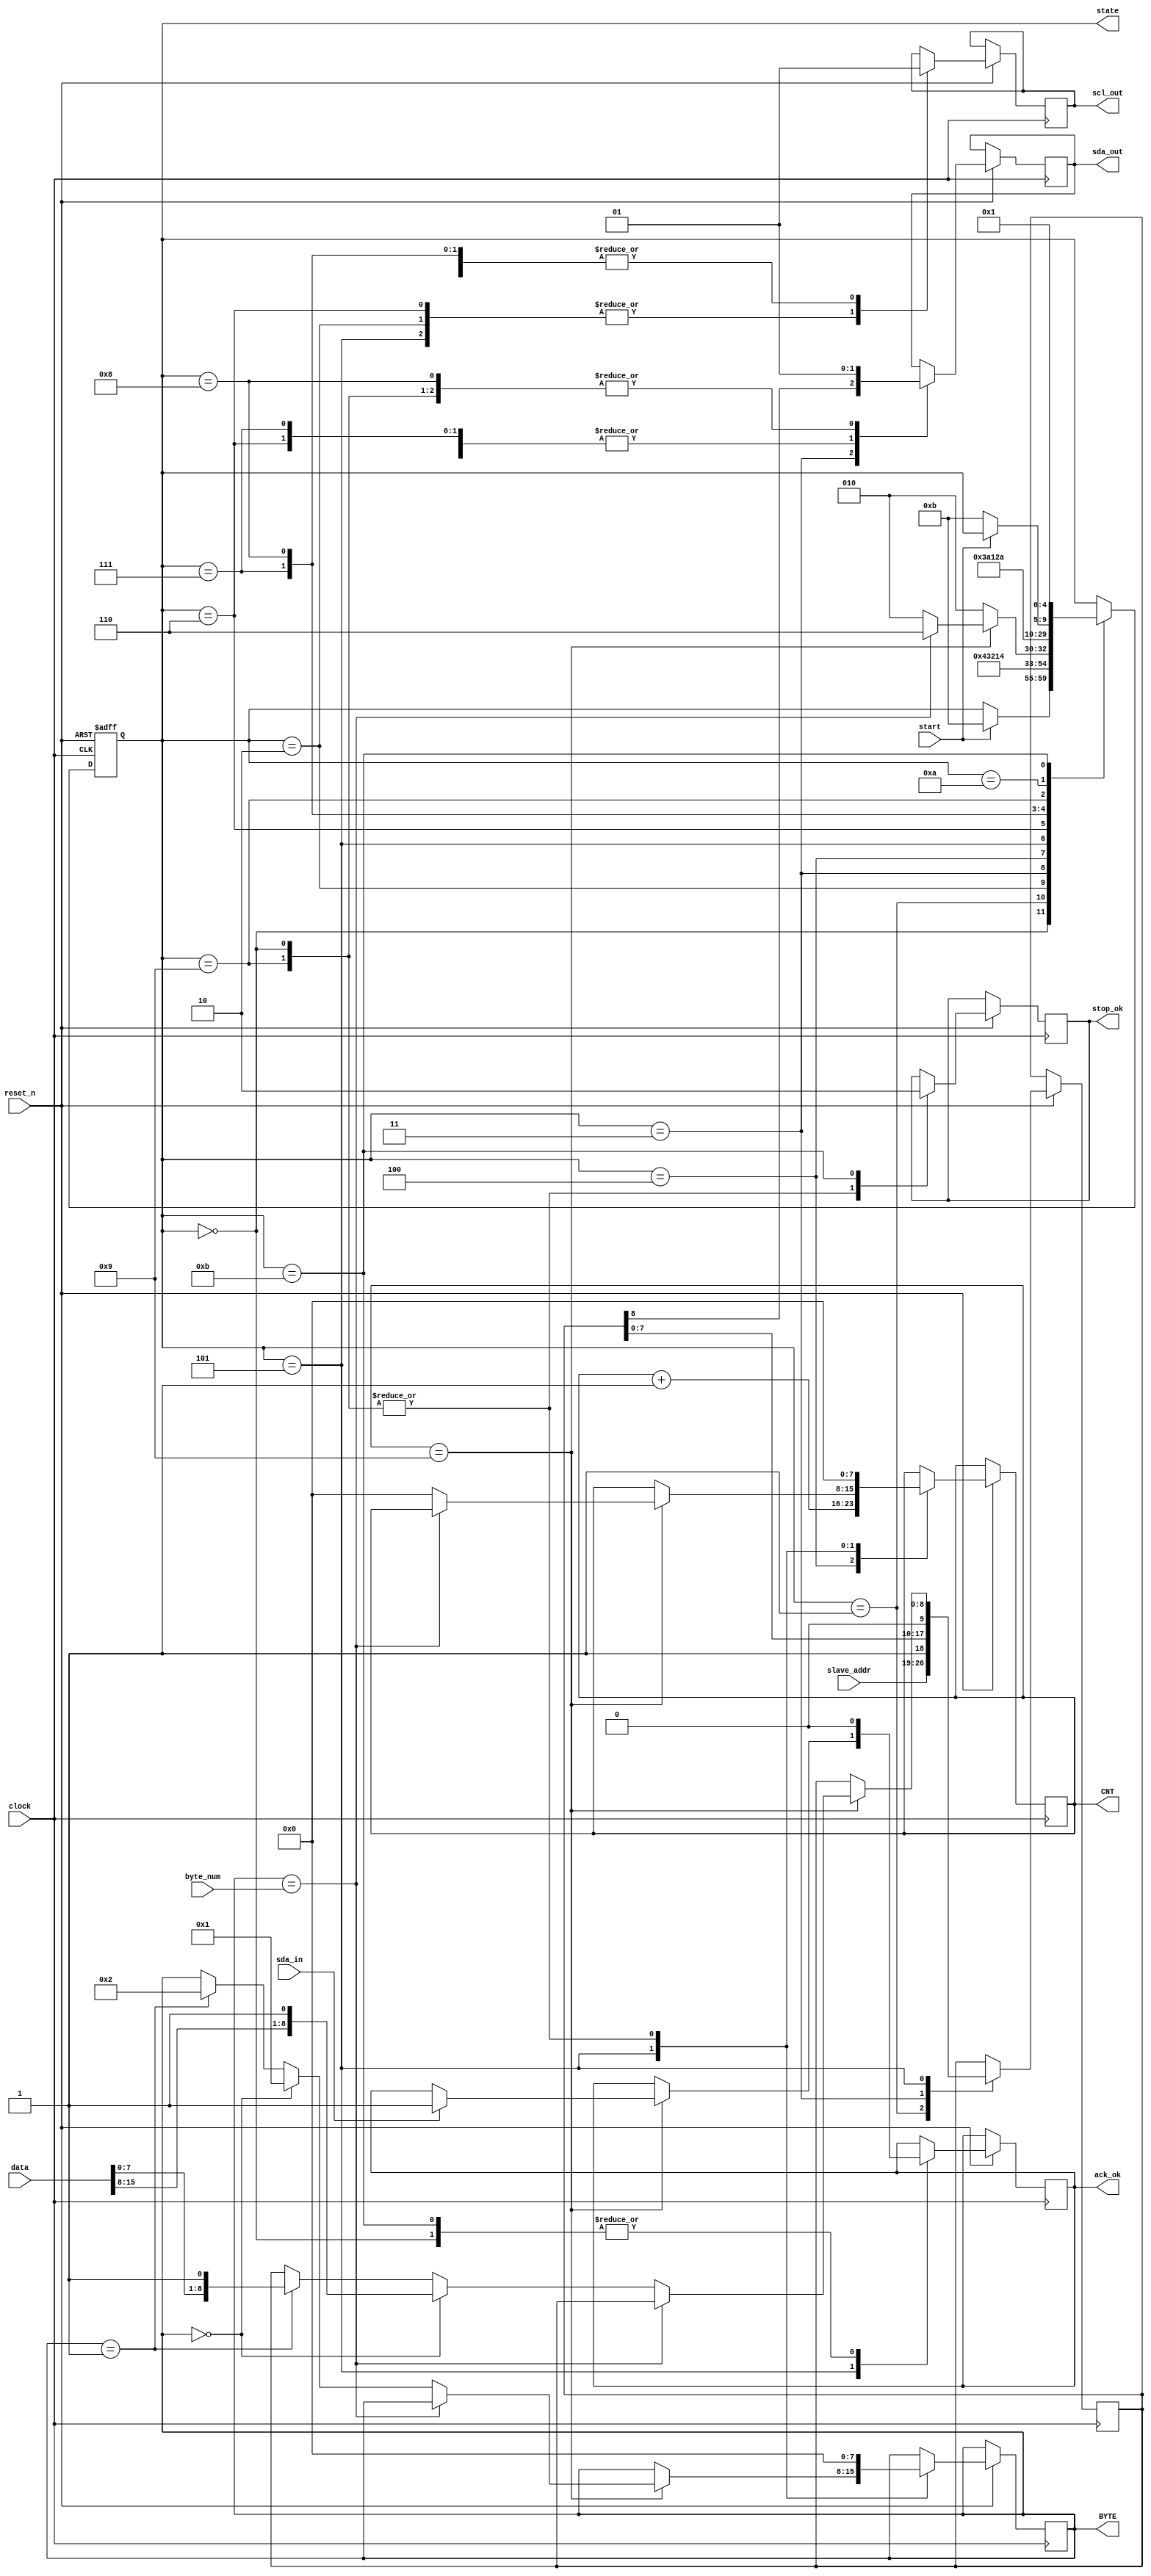
module i2c_write(
	input reset_n,
	input clock,
	input start,
	input [15:0] data,
	input [7:0] slave_addr,
	input sda_in,
	output reg sda_out,
	output reg scl_out,
	output reg stop_ok,
	
	// for test 
	output reg [4:0] state,
	output reg [7:0] CNT,
	output reg [7:0] BYTE,
	output reg ack_ok,
	input [7:0] byte_num
	
);

reg [8:0] addr;


always@ (negedge reset_n or posedge clock) begin
	if(!reset_n) state <=0;
	else begin	
		case (state)
		0:	begin
				sda_out <= 1;
				scl_out <= 1;
				ack_ok	<= 0;
				CNT 	<= 0;
				stop_ok 	<= 1;
				BYTE 	<= 0;
				if (start) state <=11;
			end
			
		1:	begin	
				state	<=2;
				{ sda_out,  scl_out } <= 2'b01; 
				addr	<={slave_addr, 1'b1}; // Write
			end
		
		2: begin
				state	<=3;
				{ sda_out,  scl_out } <= 2'b00;
			end
		
		3: begin
				state	<=4;
				{sda_out, addr} <= {addr, 1'b0};
			end
		
		4:	begin
				state	<=5;
				scl_out <=1'b1;
				CNT 	<=CNT+1'b1;
			end
		
		5: begin 
				scl_out	<=1'b0;
				if(CNT==9) begin	
					if(BYTE==byte_num) state<=6;
				else begin	
					CNT<=0;
					state<=2;
					if(BYTE==0) begin BYTE<=1; addr<= {data[15:8], 1'b1}; end
					else if(BYTE ==1) begin BYTE<=2; addr<={data[7:0], 1'b1}; end
				end
				if(sda_in) ack_ok<=1;
				end
			else state <=2;
			end
		
		6:	begin 
				state<= 7;
				{ sda_out,  scl_out } <= 2'b00;
			end
		
		7: 	begin 
				state<=8;
				{ sda_out,  scl_out } <= 2'b01;
			end
		
		8:	begin
				state<=9;
				{ sda_out,  scl_out } <= 2'b11;
			end
		
		9:	begin	
				state<=10;
				sda_out<=1;
				scl_out<=1;
				CNT<=0;
				stop_ok<=1;
				BYTE<=0;
			end
		
		10:	begin	
				if(!start) state<=11;
			end
			
		11: begin
				stop_ok <=0;
				ack_ok <=0;
				state<=1;
			end
		endcase
		
	end
end
endmodule